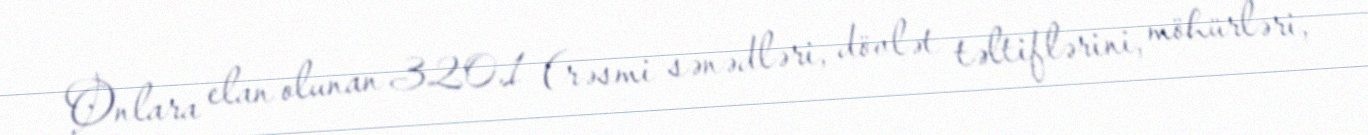
Onlara elan olunan 320.1 (rəsmi sənədləri, dövlət təltiflərini, möhürləri,